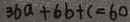
3 6 a + 6 b + c = 6 0